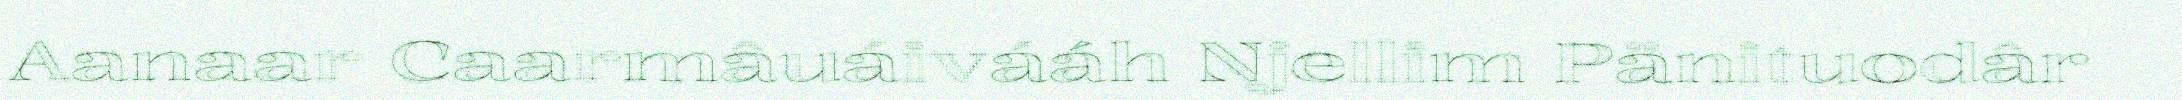
Aanaar Caarmâuáivááh Njellim Pänituodâr